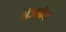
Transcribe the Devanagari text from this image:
अंजनेय